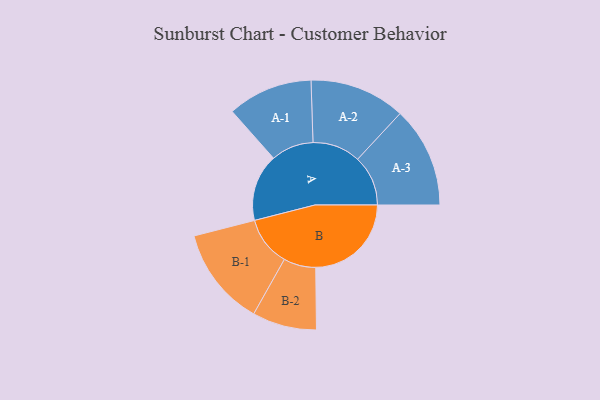
{"axis": {"x": "Segment", "y": "Value"}, "legend": ["", "A", "B"], "data": [{"x": "A", "y": 324, "type": ""}, {"x": "B", "y": 461, "type": ""}, {"x": "A-1", "y": 205, "type": "A"}, {"x": "A-2", "y": 231, "type": "A"}, {"x": "A-3", "y": 243, "type": "A"}, {"x": "B-1", "y": 239, "type": "B"}, {"x": "B-2", "y": 155, "type": "B"}]}